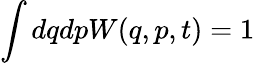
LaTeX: \int dqdpW(q,p,t)=1